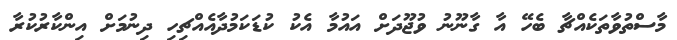
މާސްތުވާތަކެއްޗާ ބެހޭ އާ ގާނޫނު ވުޖޫދަށް އައުމާ އެކު ކުޑަކަމުދާއެއްޗިހި ދިނުމަށް އިންކާރުކުރާ